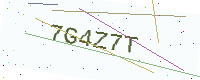
Text: 7G4Z7T